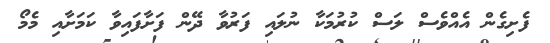
ފެށިގެން އެއްވެސް ލަސް ކުރުމަކާ ނުލައި ފަރުވާ ދޭން ފަށާފައިވާ ކަމަށާއި މެމޯ